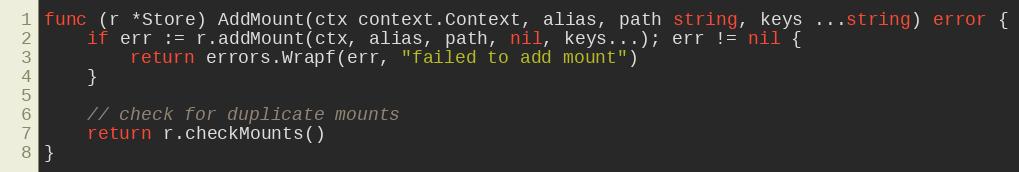
Language: Go
func (r *Store) AddMount(ctx context.Context, alias, path string, keys ...string) error {
	if err := r.addMount(ctx, alias, path, nil, keys...); err != nil {
		return errors.Wrapf(err, "failed to add mount")
	}

	// check for duplicate mounts
	return r.checkMounts()
}